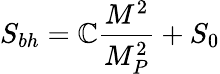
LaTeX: S_{bh}=\mathbb{C}\frac{{M^{2}}}{{M_{P}^{2}}}+S_{0}